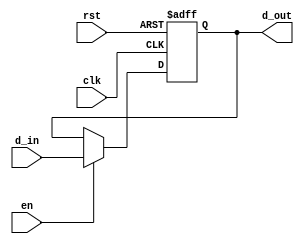
module register(d_in, d_out, en, clk, rst);
	parameter DATA_WIDTH = 32;
	parameter RESET_VALUE = 0;
	input [DATA_WIDTH-1:0] d_in;
	input clk, rst, en;
	output reg [DATA_WIDTH-1:0] d_out;
	
	always @(posedge clk, negedge rst) begin
		if (~rst)
			d_out = RESET_VALUE;
		else if (en)
			d_out = d_in;
		else
			d_out = d_out;
	end
	
endmodule